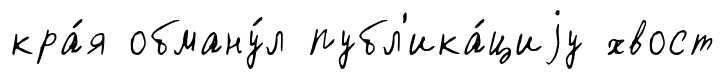
кра́я обману́л публ'ика́циjу хвост